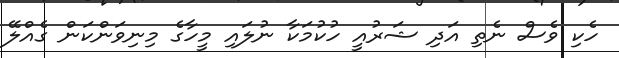
ހެކި ވެސް ނެތި އަދި ޝަރުއީ ހުކުމަކާ ނުލައި މީހާގެ މިނިވަންކަން ގެއްލޭ